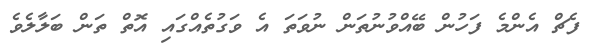
ފެޗް އެންމެ ފަހުން ބޭއްވުނުތަން ނުވަތަ އެ ވަގުތެއްގައި އޮތް ތަން ބަލާލެވެ